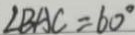
\angle B A C = 6 0 ^ { \circ }